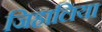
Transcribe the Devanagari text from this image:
जिहालिया